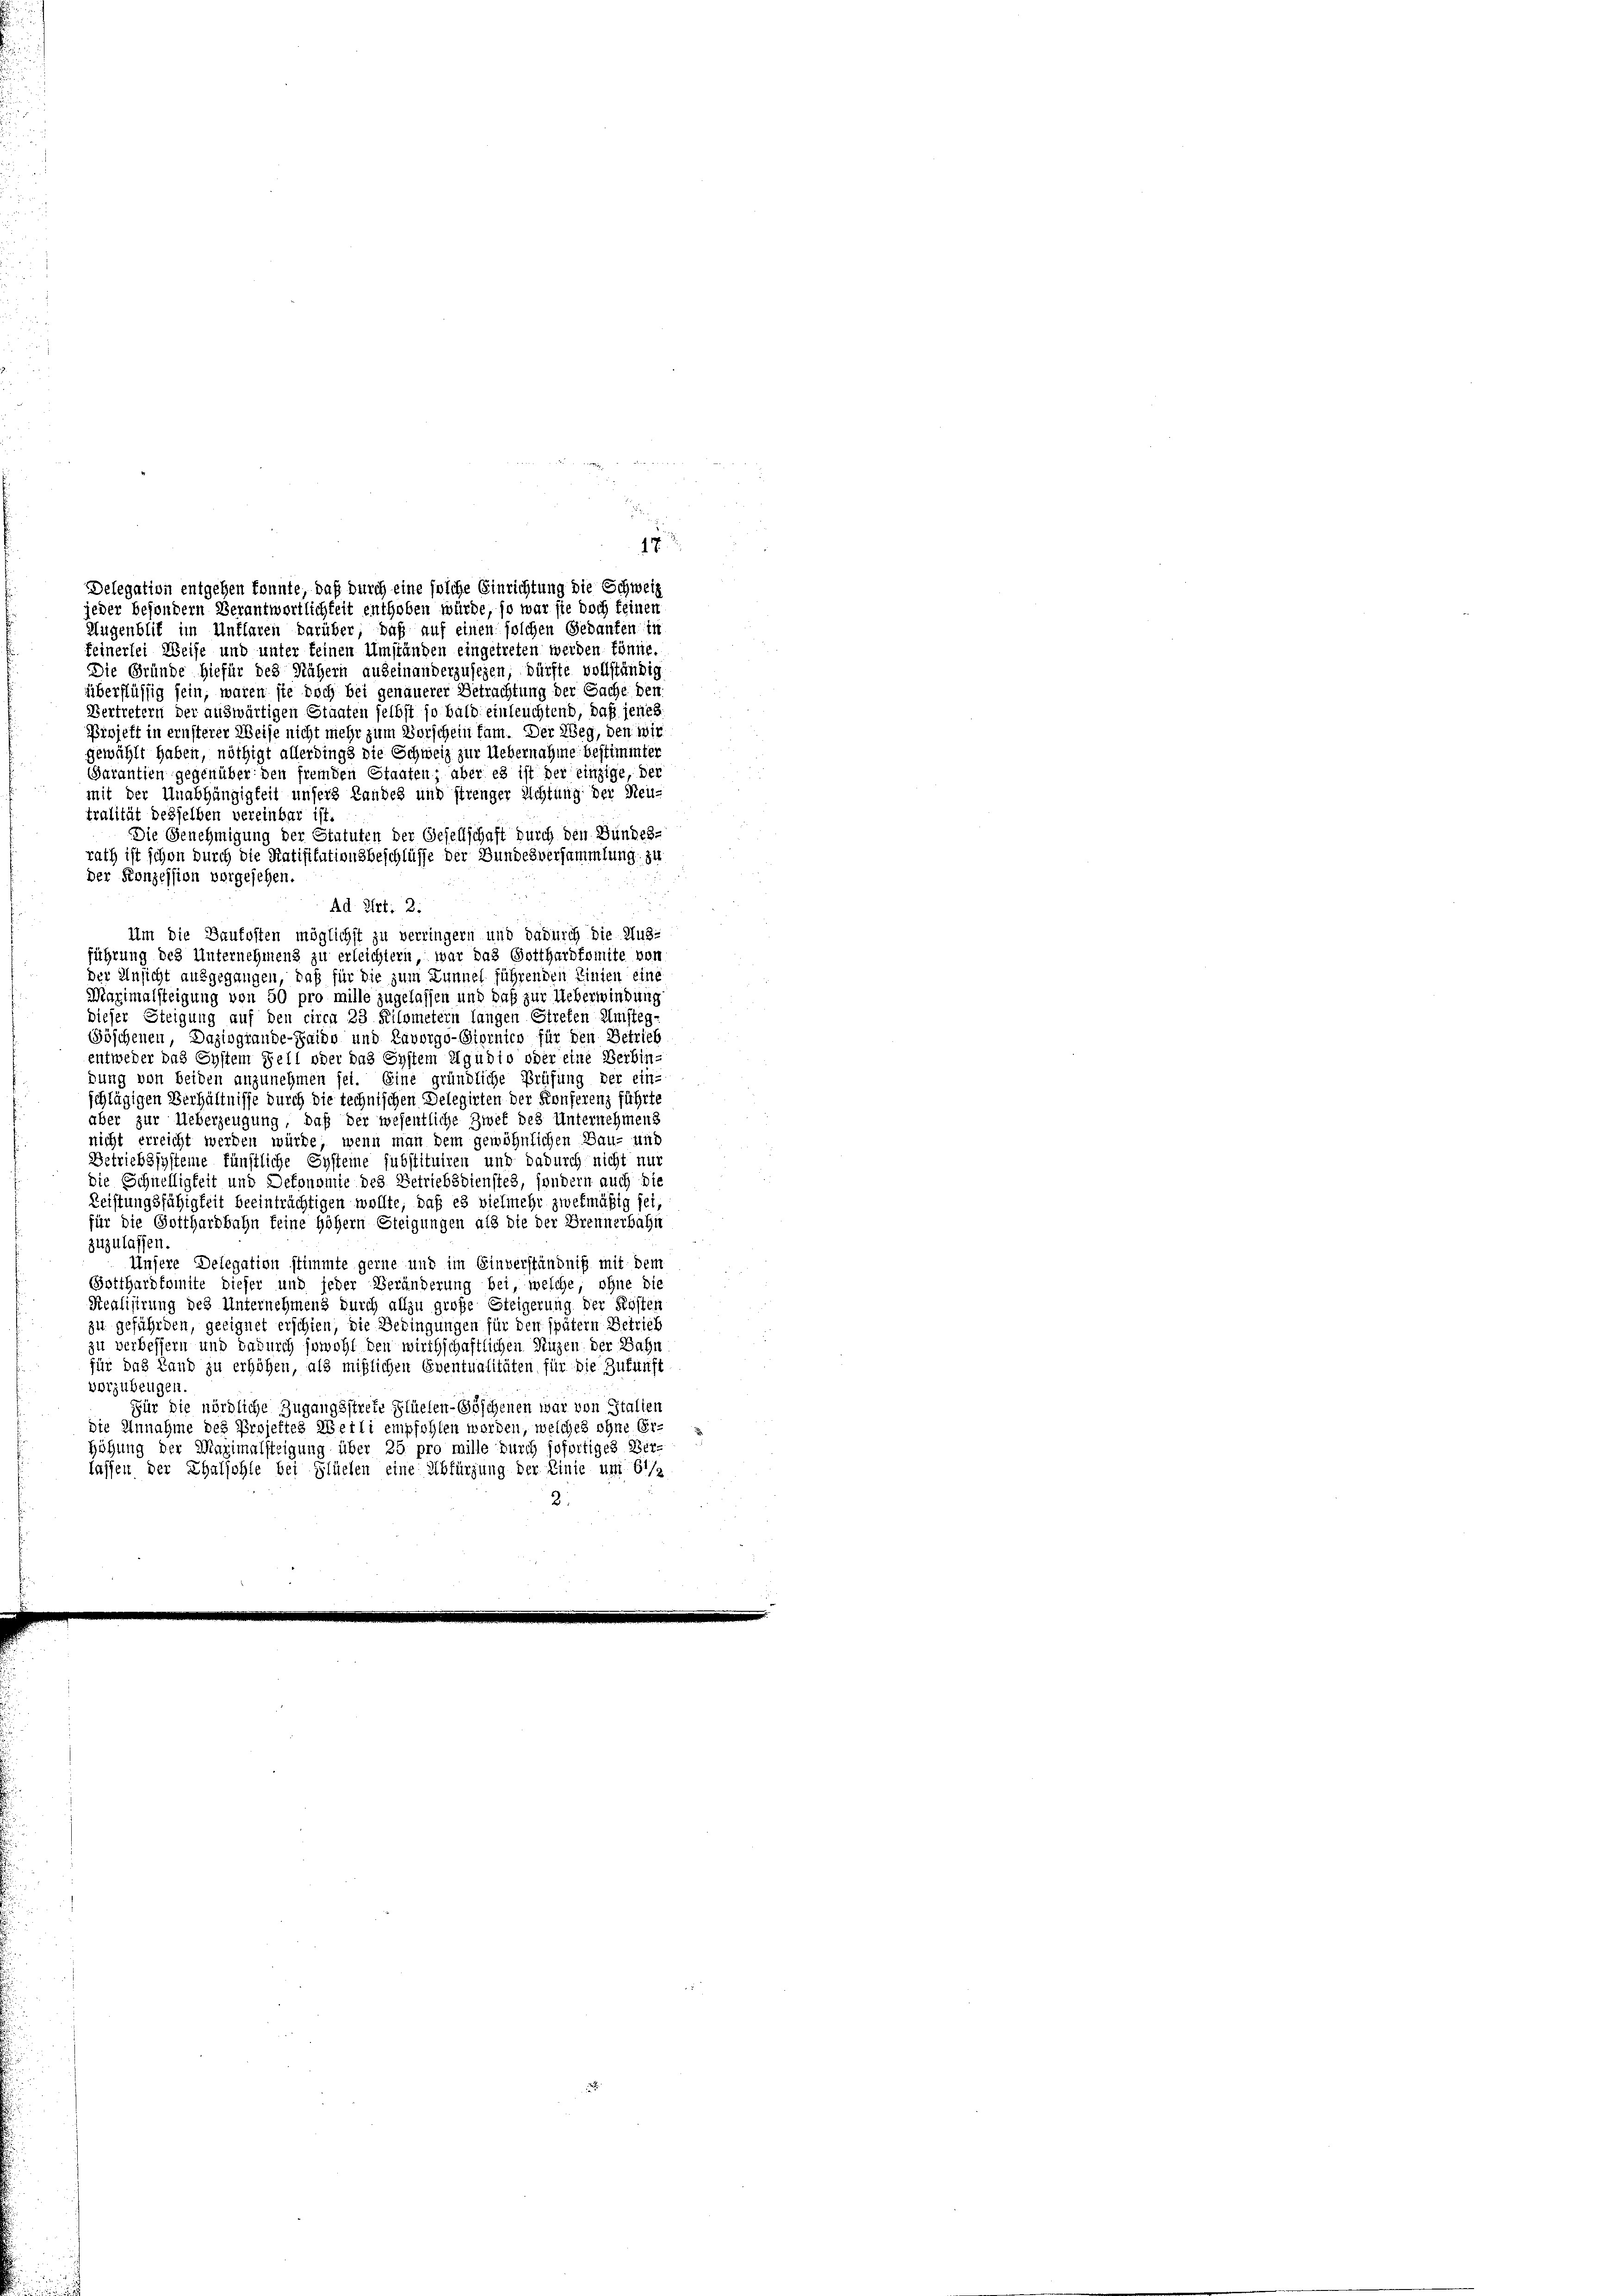
Augenblik im Unflaren darüber, daß auf einen solchen Gedanken in
feinerlei Weise und unter keinen Umständen eingetreten werden könne.
Die Gründe hiefür des Nähern auseinanderzusehen, dürfte vollständig
überflüssig sein, waren ste doch bei genauerer Betrachtung der Sache den
Vertretern der auswärtigen Staaten selbst so bald einleuchtend, daß jenes.
Projekt in ernsterer Weise nicht mehr zum Vorschein fam. Der Weg, den wir
gewählt haben, nöthigt allerdings die Schweiz zur Uebernahme bestimmter
Garantien gegenüber den fremden Staaten, aber es ist der einzige, der
mit der Unabhängigkeit unsers Landes und strenger Richtung der Neu-
tralität desselben vereinbar ist.
Die Genehmigung der Statuten der Gesellschaft durch den Bundes-
rath ist schon durch die Ratifitutionsbeschlüsse der Bundesversammlung zu
der Konzession vorgesehen.
Ad Art. 2:
Um die Baukosten möglichst zu verringern und dadurch die Aus-
führung des Unternehmens zu erleichtern, war das Gotthardkomite von
der Ansicht ausgegangen, daß für die zum Zunnel führenden Linien eine
Maximalsteigung von 50 pro mille zugelassen und daß zur Ueberwindung
dieser Steigung auf den circa 23 Filometern langen Streten Umsteg-
Göschenen, Daziogrande-Raido und Lavorgo-Siornico für den Betrieb
entweder das System Fell oder das System Igudio oder eine Verbin-
dung von beiden anzunehmen sei. Eine gründliche Prüfung der ein-
schlägigen Verhältnisse durch die technischen Delegirten der Konferenz führte
aber zur Ueberzeugung, daß der wesentliche Zwet des Unternehmens
nicht erreicht werden würde; wenn man dem gewöhnlichen Bau- und
Betriebssysteme künstliche Systeme substituiren und dadurch nicht nur
die Schnelligkeit und Dekonomie des Betriebsdienstes, sondern auch die
Leistungsfähigkeit beeinträchtigen wollte, daß es vielmehr zwekmäßig sei,
für die Gotthardbahn keine höhern Steigungen als die der Brennerbahn
zuzulassen.
Unsere Delegation stimmte gerne und im Einverständniß mit dem
Botthardkomite dieser und jeder Veränderung bei, welche, ohne die
Realisirung des Unternehmens durch allzu große Steigerung der Kosten
zu gefährden, geeignet erschien, die Bedingungen für den spätem Betrieb
zu verbessern und dadurch sowohl den wirthschaftlichen Nuzen der Bahn
für das Land zu erhöhen, als mißlichen Eventualitäten für die Zukunft
vorzubeugen
Für die nördliche Zugangsstreie Flüelen- Göschenen war von Stalien
die Annahme des Projettes Weili empfohlen werden, welches ohne Er-
höhung der Maximalsteigung über 25 pro mille durch sofortiges Ver-
lassen der Thalfohle bei Flüelen eine Abfürzung der Linie um bis
2.

Delegation entgehen konnte, daß durch eine solche Einrichtung die Schweiz
jeder besondern Verantwortlichkeit enthoben würde, so war sie doch feinen

17